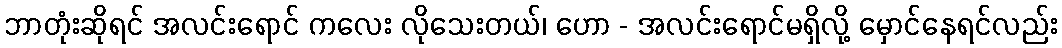
ဘာတုံးဆိုရင် အလင်းရောင် ကလေး လိုသေးတယ်၊ ဟော - အလင်းရောင်မရှိလို့ မှောင်နေရင်လည်း